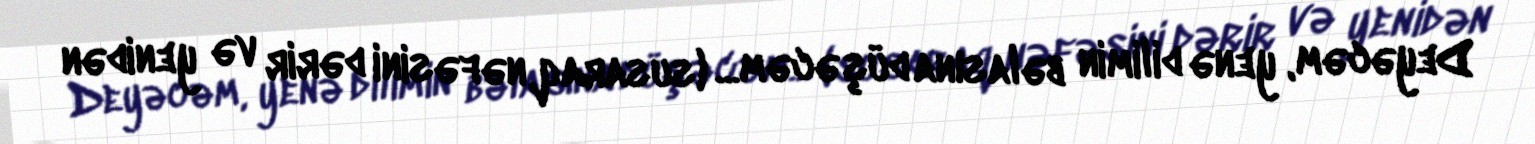
Deyəcəm, yenə dilimin bəlasına düşəcəm... (susaraq, nəfəsini dərir və yenidən